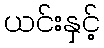
ယင်းနှင့်